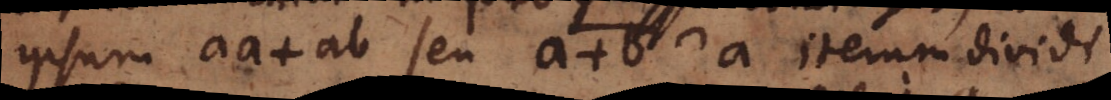
ipsum aa + ab seu a + b & a iterum dividi